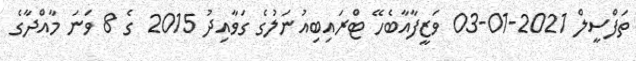
ތަފްސީލް 2021-01-03 ވަޒީފާއާބެހޭ ޓްރައިބިއުނަލުގެ ގަވާއިދު 2015 ގެ 8 ވަނަ މާއްދާގެ